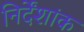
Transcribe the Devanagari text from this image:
निर्देंशांक